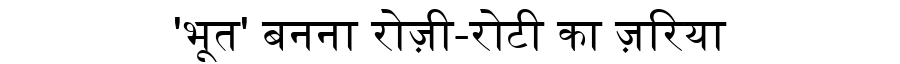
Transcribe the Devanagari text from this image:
'भूत' बनना रोज़ी-रोटी का ज़रिया